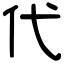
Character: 代